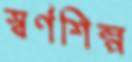
স্বর্ণশিল্প